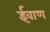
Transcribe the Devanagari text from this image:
ईवाण